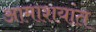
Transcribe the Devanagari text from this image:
आमाशयांत